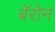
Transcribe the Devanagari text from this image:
बॅरोन